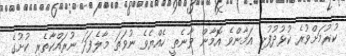
ކުރުމަށްވުރެ ކުޅުދުފުށި އަމާންވެ އޮމާން ވާނެތީ ހެއްޔެވެ ނުވަތަ މާލެފަދަ ނުރައްކާތެރި ކުށުގެ